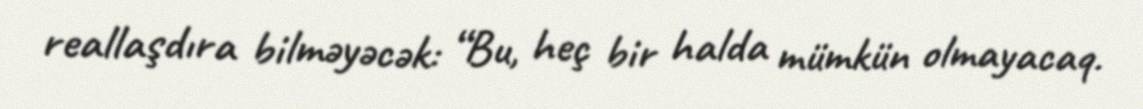
reallaşdıra bilməyəcək: “Bu, heç bir halda mümkün olmayacaq.